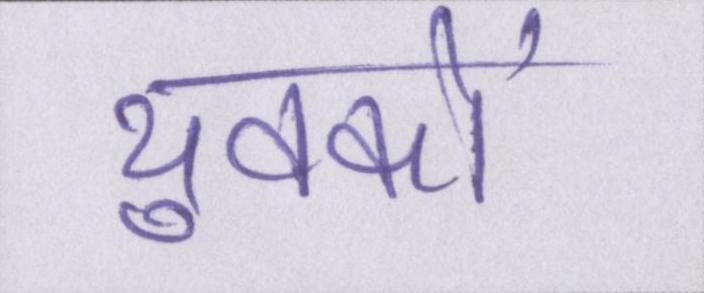
युवकों